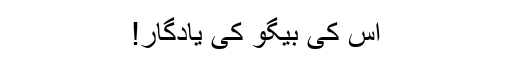
اس کی بیگو کی یادگار!